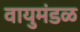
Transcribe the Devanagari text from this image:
वायुमंडळ